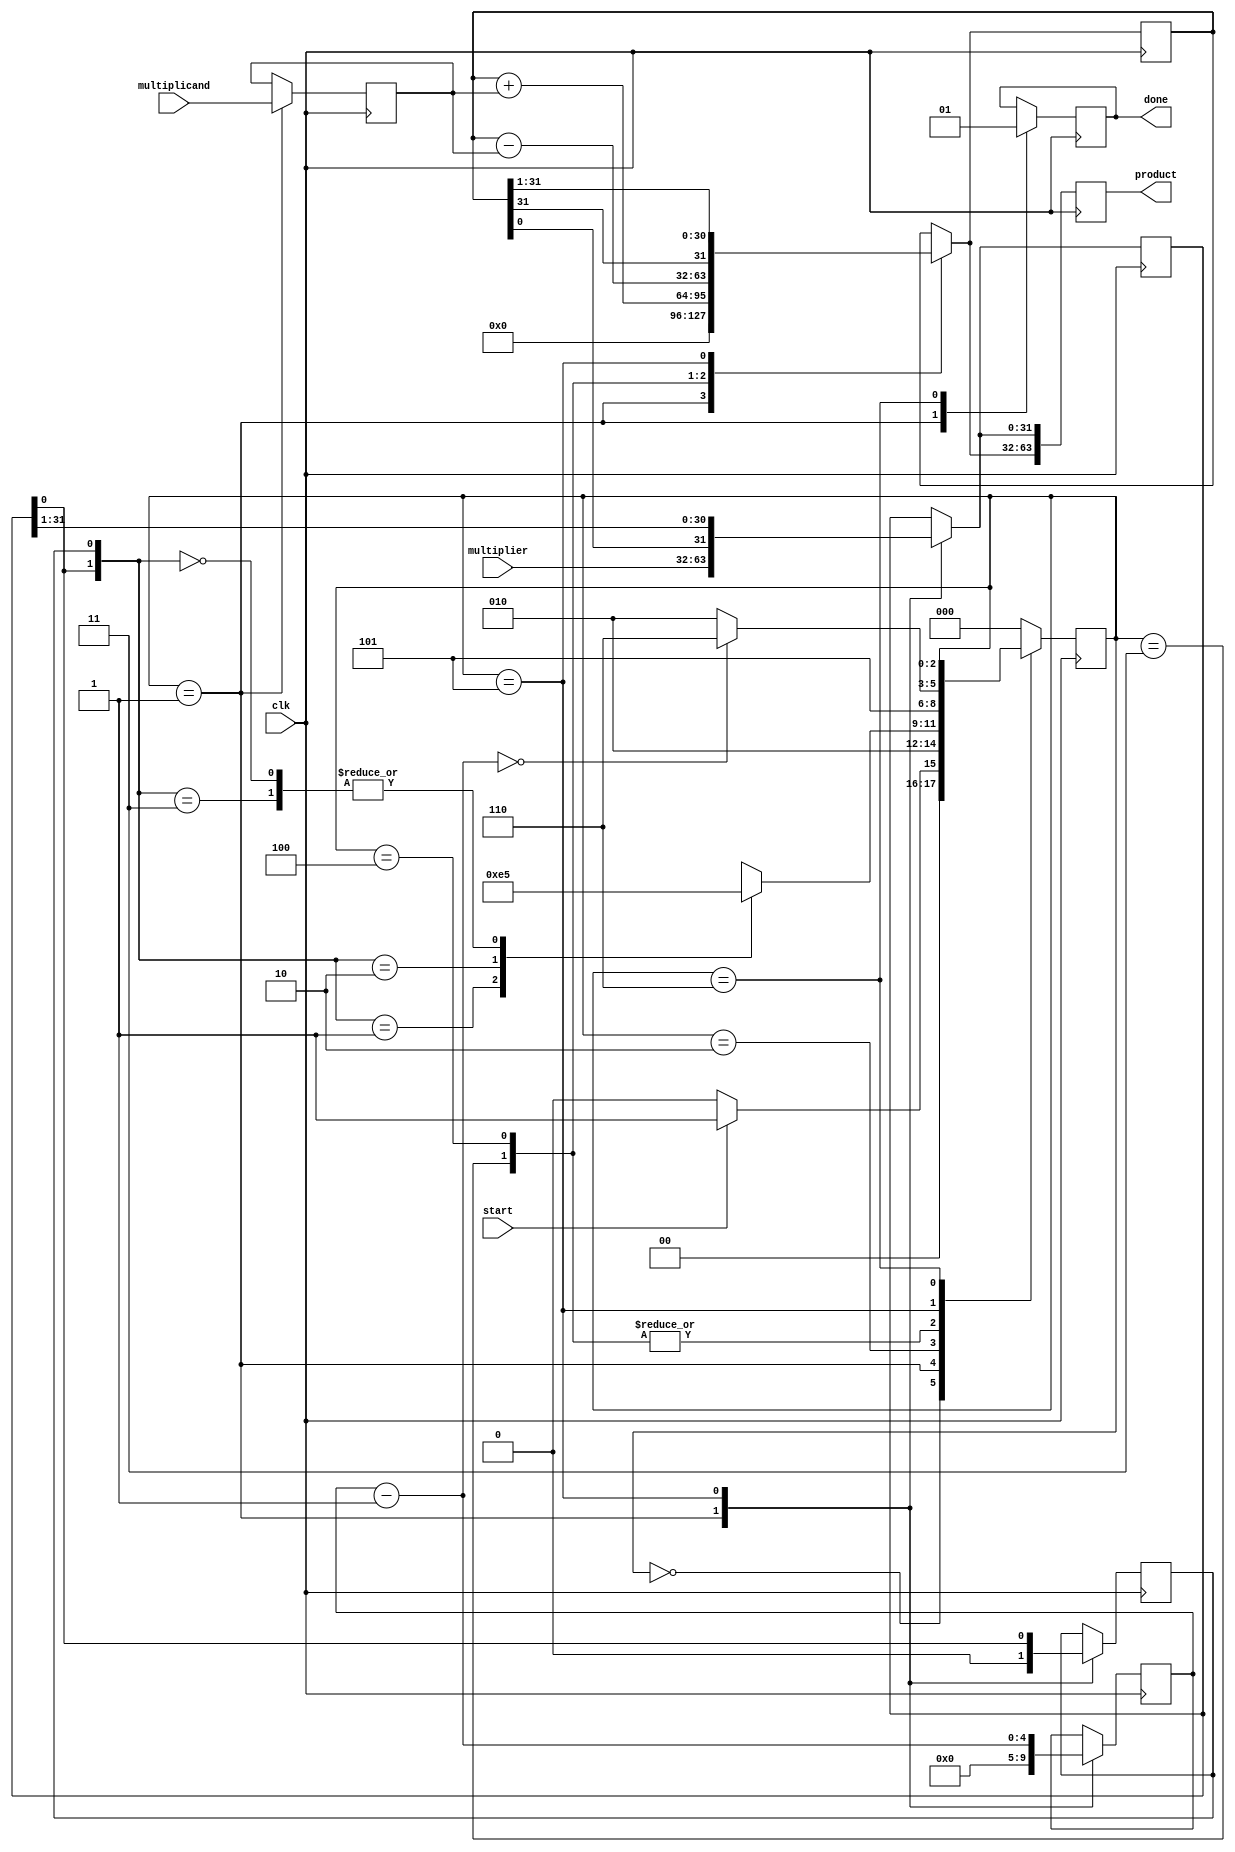
`timescale 1ns / 1ps
//////////////////////////////////////////////////////////////////////////////////
// Company: 
// 
// Design Name: Booth
// Module Name: Booth_v1
// Project Name: Booth
// Target Devices: FPGA/ASICs
// Tool Versions: Vivado 2019.1
// Description: 
// 
// Dependencies: 
// 
// Revision:
// Revision 0.01 - File Created
// Additional Comments:
// 
//////////////////////////////////////////////////////////////////////////////////

//Module starts here////////
module Booth_v1 #(parameter WIDTH=32)(clk, start, multiplier, multiplicand, product, done);
    input clk, start;                               //input clock and start input 
    input [WIDTH-1:0] multiplier, multiplicand;     //input multiplier and multiplicand for the specified width
    output [2*WIDTH-1:0] product;                   //widthof output = 2*input
    output done;                                    //done flag to stop the module

    reg [2*WIDTH-1:0] product;                      //output reg to store final product
    reg done;                                       
    reg [2:0] state;                                //state initialization with 6 states
    reg [4:0] count;                                //count to know when calculation is over
    reg [WIDTH-1:0] A, Q, M;                        // temperory reg to store the input and evaluate where A is accumulator, Q is multiplier and M is multiplicand
    reg Q_1;                                        // the q-minus-1 bit
    parameter IDLE = 3'b000;                        //idle state or s00
    parameter INITIALIZE = 3'b001;                  //initialize state after start is active (s01)
    parameter OPERATION = 3'b010;                   //conditional state to identify which operation to perform (s02)
    parameter ADD = 3'b011;                         //A=A+M 
    parameter SUBTRACT = 3'b100;                    //A=A-M
    parameter SHIFT_RIGHT = 3'b101;                 //A>>1
    parameter DONE = 3'b110;                        //done state to finish the computation
    

    always @( posedge clk)
        begin
            case (state) //state check block
            IDLE:
                if (start) state <= INITIALIZE;
                else state <= IDLE;
            INITIALIZE:
                begin
                    done = 0;
                    A = 0; 
                    Q_1 = 0;  
                    count = WIDTH;
                    M = multiplicand;
                    Q = multiplier;
                    state = OPERATION;
                end 
            OPERATION:
                begin 
                    case ({Q[0],Q_1})
                    2'b01: 
                        state = ADD;
                    2'b10: 
                        state = SUBTRACT;
                    2'b00,2'b11:
                        state = SHIFT_RIGHT;
                    endcase
                end 
            ADD: 
                begin
                    A = A + M;
                    state = SHIFT_RIGHT;
                end
            SUBTRACT: 
                begin 
                    A = A - M;
                    state = SHIFT_RIGHT;
                end
            SHIFT_RIGHT: 
                begin
                    {A,Q,Q_1} = {A[WIDTH-1],A,Q};  //shift right and copy the msb of A to new A
                    count = count - 1;
                    if (count == 0) 
                        state = DONE; 
                    else
                       state= OPERATION;
                end
            DONE:
                done = 1;
            default: state = IDLE;
            endcase
            product = {A, Q}; //the final output is combination of A and Q
        end
endmodule